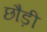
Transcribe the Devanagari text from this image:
छौड़ी